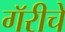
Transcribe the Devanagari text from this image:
गॅरीचे